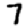
Digit: 7